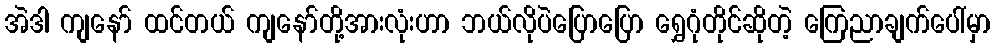
အဲဒါ ကျနော် ထင်တယ် ကျနော်တို့အားလုံးဟာ ဘယ်လိုပဲပြောပြော ရွှေဂုံတိုင်ဆိုတဲ့ ကြေညာချက်ပေါ်မှာ